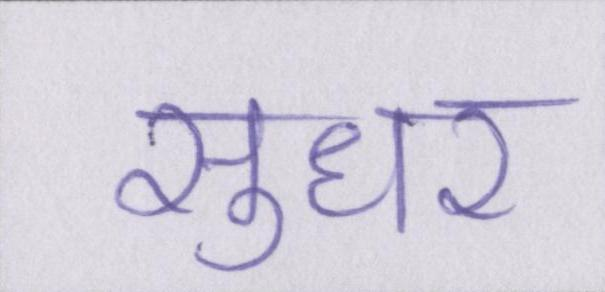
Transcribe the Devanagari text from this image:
सुधर